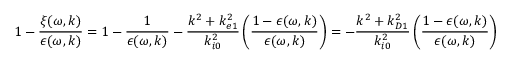
1 - \frac { \xi ( \omega , \boldsymbol { k } ) } { \epsilon ( \omega , \boldsymbol { k } ) } = 1 - \frac { 1 } { \epsilon ( \omega , \boldsymbol { k } ) } - \frac { k ^ { 2 } + k _ { e 1 } ^ { 2 } } { k _ { i 0 } ^ { 2 } } \left( \frac { 1 - \epsilon ( \omega , \boldsymbol { k } ) } { \epsilon ( \omega , \boldsymbol { k } ) } \right) = - \frac { k ^ { 2 } + k _ { D 1 } ^ { 2 } } { k _ { i 0 } ^ { 2 } } \left( \frac { 1 - \epsilon ( \omega , \boldsymbol { k } ) } { \epsilon ( \omega , \boldsymbol { k } ) } \right)